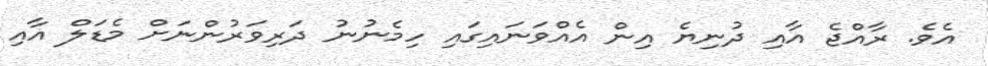
އެވެ. ރާއްޖެ އާއި ދުނިޔެ އިން އެއްވަނައިގައި ހިމެނުނު ދަރިވަރުންނަށް މެޑަލް އާއި